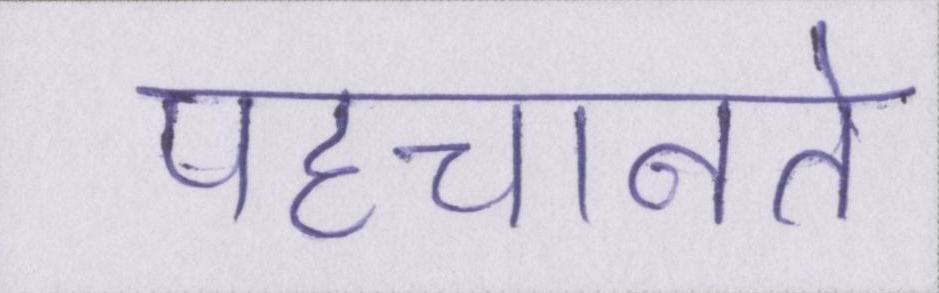
पहचानते